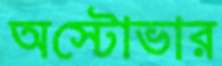
অস্টোভার